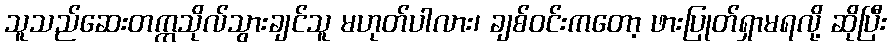
သူသည်ဆေးတက္ကသိုလ်သွားချင်သူ မဟုတ်ပါလား၊ ချစ်ဝင်းကတော့ ဖားပြုတ်ရှာမရလို့ ဆိုပြီး